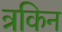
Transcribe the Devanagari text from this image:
त्रकिन